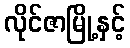
လိုင်ဇာမြို့နှင့်